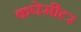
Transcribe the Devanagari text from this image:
कपेसीटर